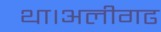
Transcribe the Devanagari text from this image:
था।अलीगढ